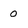
Character: 0